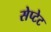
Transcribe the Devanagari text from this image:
सेप्टेट